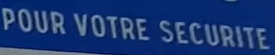
POUR VOTRE SECURITE